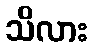
သိလား